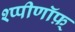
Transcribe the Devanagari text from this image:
श्प्पीणॉफ़्